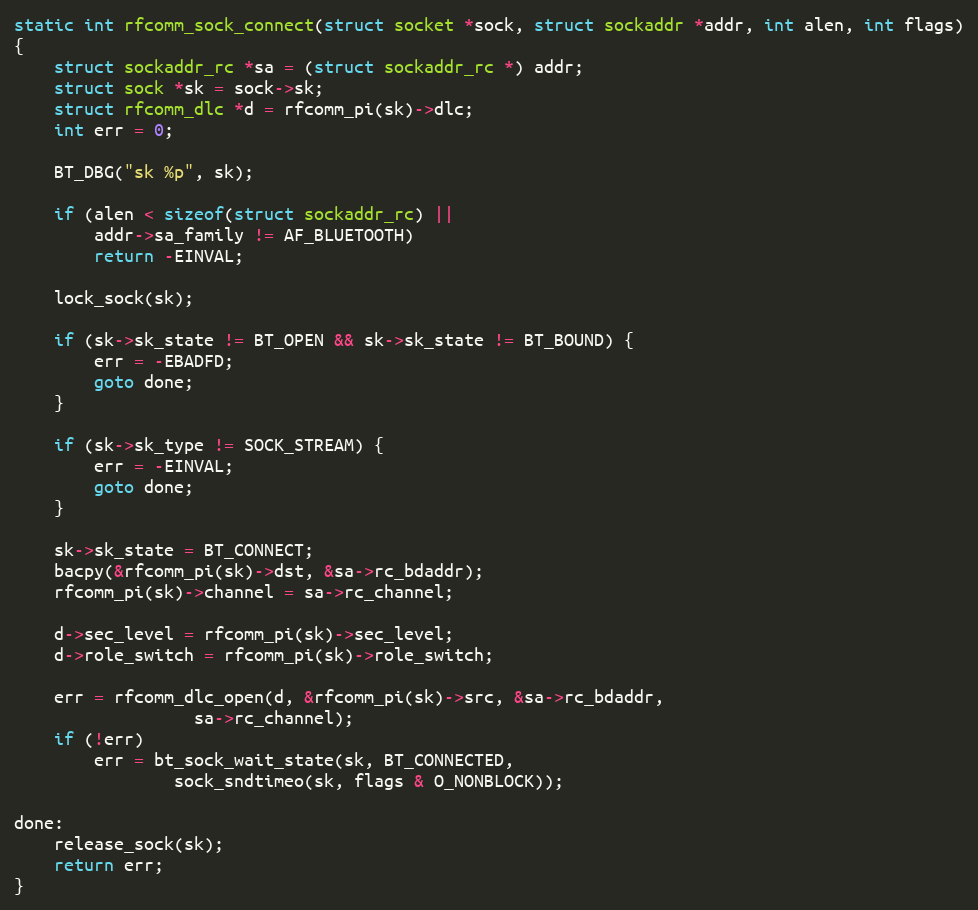
Language: C
static int rfcomm_sock_connect(struct socket *sock, struct sockaddr *addr, int alen, int flags)
{
	struct sockaddr_rc *sa = (struct sockaddr_rc *) addr;
	struct sock *sk = sock->sk;
	struct rfcomm_dlc *d = rfcomm_pi(sk)->dlc;
	int err = 0;

	BT_DBG("sk %p", sk);

	if (alen < sizeof(struct sockaddr_rc) ||
	    addr->sa_family != AF_BLUETOOTH)
		return -EINVAL;

	lock_sock(sk);

	if (sk->sk_state != BT_OPEN && sk->sk_state != BT_BOUND) {
		err = -EBADFD;
		goto done;
	}

	if (sk->sk_type != SOCK_STREAM) {
		err = -EINVAL;
		goto done;
	}

	sk->sk_state = BT_CONNECT;
	bacpy(&rfcomm_pi(sk)->dst, &sa->rc_bdaddr);
	rfcomm_pi(sk)->channel = sa->rc_channel;

	d->sec_level = rfcomm_pi(sk)->sec_level;
	d->role_switch = rfcomm_pi(sk)->role_switch;

	err = rfcomm_dlc_open(d, &rfcomm_pi(sk)->src, &sa->rc_bdaddr,
			      sa->rc_channel);
	if (!err)
		err = bt_sock_wait_state(sk, BT_CONNECTED,
				sock_sndtimeo(sk, flags & O_NONBLOCK));

done:
	release_sock(sk);
	return err;
}